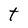
Character: t